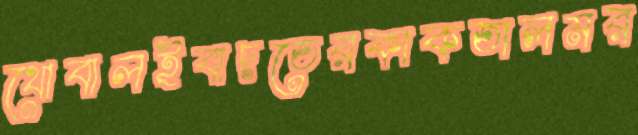
থোবালইবাদতেরকাকতালমর